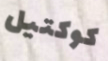
كوكتيل